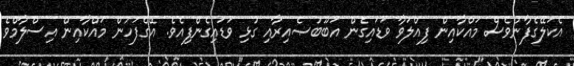
އެކަލޭގެފާނުވެސް މައްކާއިން ފިއްލަވާ ވަޑައިގެން އަބޫބުޞެއިރާއި ގުޅި ވަޑައިގެންފިއެވެ. އޭގެފަހުން މައްކާއިން އިސްލާމްވެ